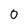
Character: 0